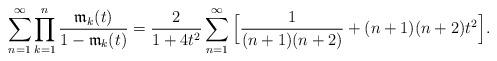
LaTeX: \begin{align*} \sum_{n =1}^{\infty} \prod_{k=1}^{n} \frac{\mathfrak{m}_{k}(t)}{1 - \mathfrak{m}_{k}(t)} = \frac{2}{1 + 4t^2}\sum_{n =1}^{\infty} \Big[\frac{1}{(n+1)(n+2)} + (n+1)(n+2) t^2 \Big].\end{align*}